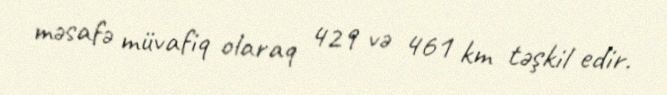
məsafə müvafiq olaraq 429 və 461 km təşkil edir.